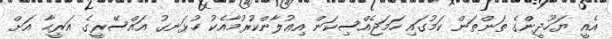
އެއީ ޔަހޫދީންގެ ތަންތަން ކަމުގައި ހަމަޖެއްސިކަން އިޢުލާންކުރުމާއެކު ހުޅަނގު އައްސޭރީގެ އަރީޙާ އަށް